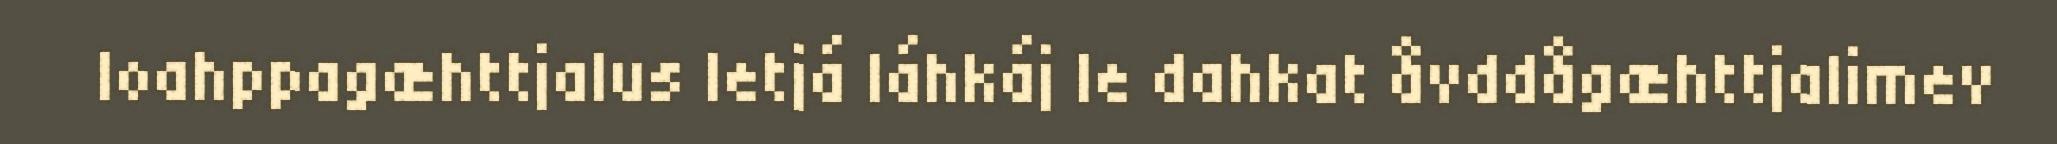
loahppagæhttjalus Ietjá láhkáj le dahkat åvddågæhttjalimev